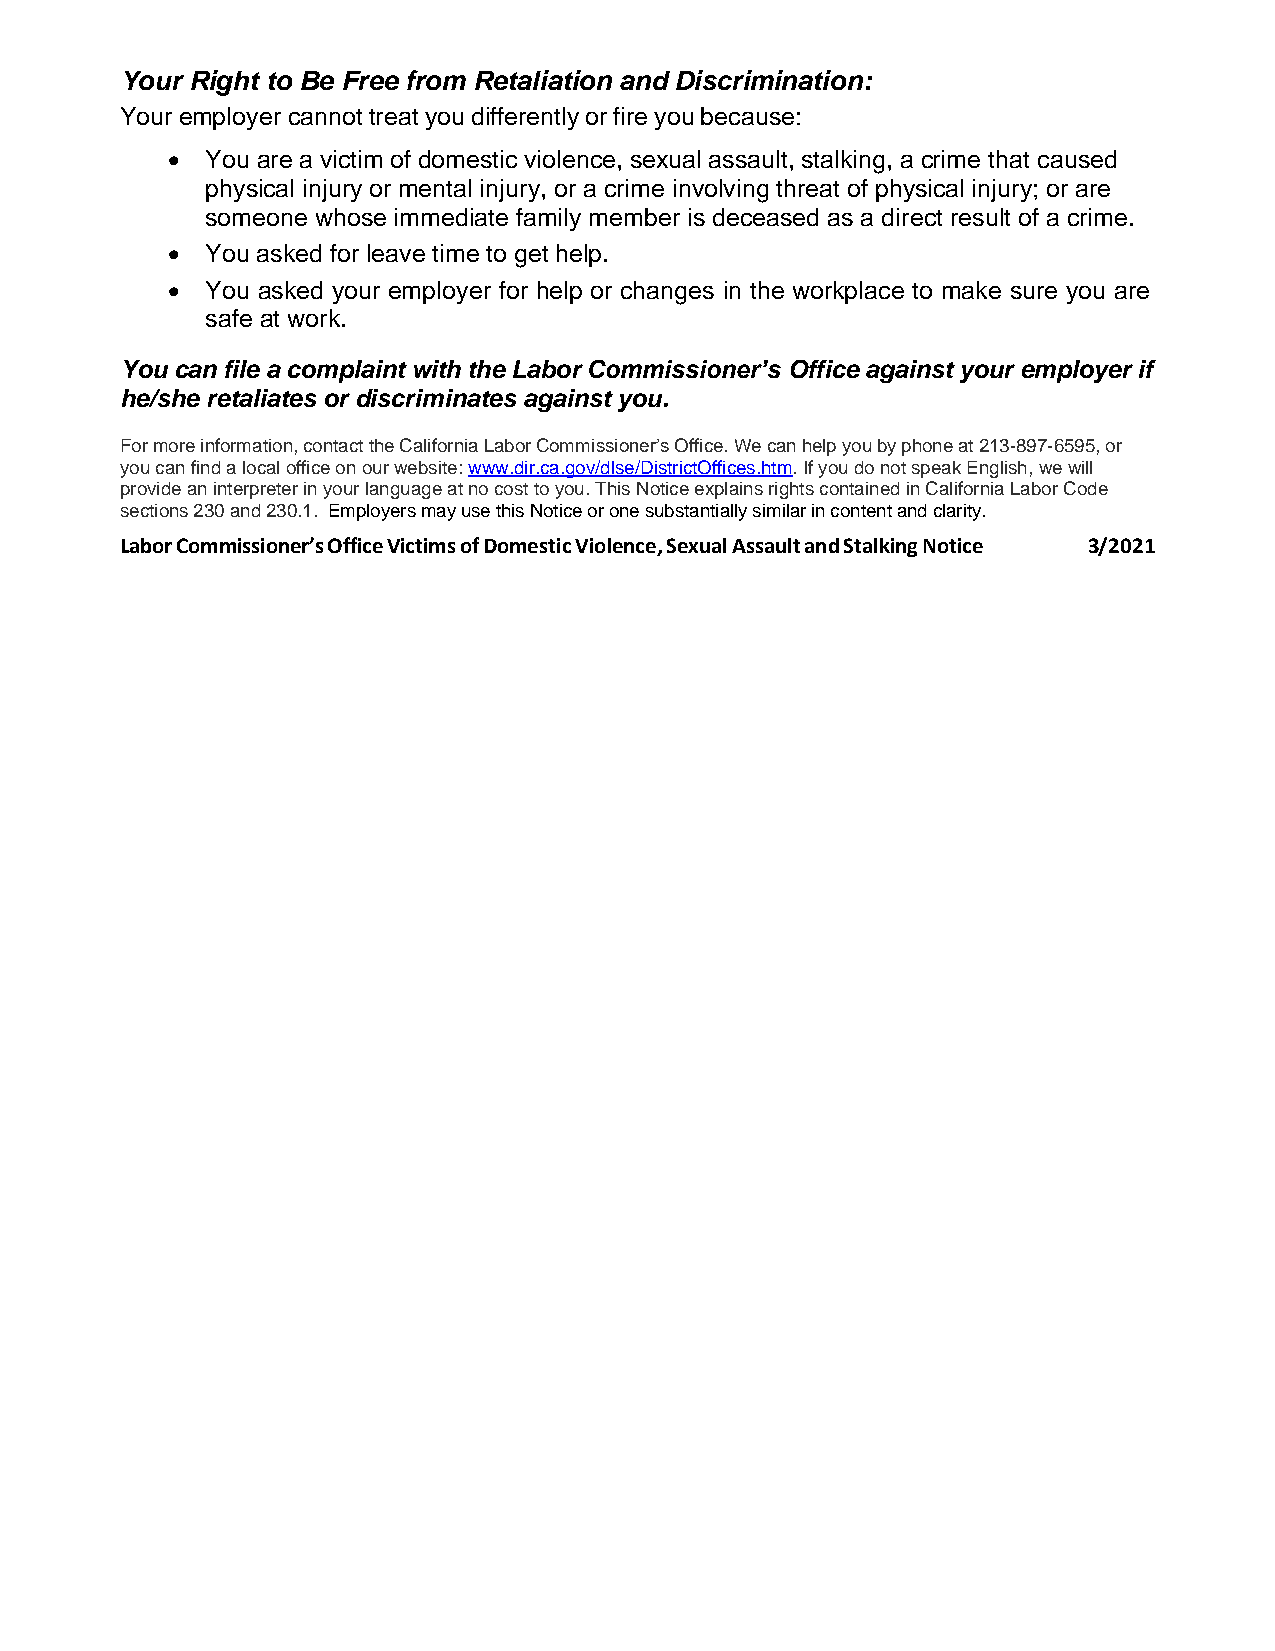
Your Right to Be Free from Retaliation and Discrimination:
 Your employer cannot treat you differently or fire you because:
   You are a victim of domestic violence, sexual assault, stalking, a crime that caused
 physical injury or mental injury, or a crime involving threat of physical injury; or are
 someone whose immediate family member is deceased as a direct result of a crime.
   You asked for leave time to get help.
   You asked your employer for help or changes in the workplace to make sure you are
 safe at work.
 You can file a complaint with the Labor Commissioner’s Office against your employer if
 he/she retaliates or discriminates against you.
 For more information, contact the California Labor Commissioner’s Office. We can help you by phone at 213-897-6595, or
 you can find a local office on our website: www.dir.ca.gov/dlse/DistrictOffices.htm. If you do not speak English, we will
 provide an interpreter in your language at no cost to you. This Notice explains rights contained in California Labor Code
 sections 230 and 230.1. Employers may use this Notice or one substantially similar in content and clarity.
 Labor Commissioner’s Office Victims of Domestic Violence, Sexual Assault and Stalking Notice 3/2021